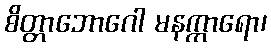
စိတ္တာဘောဂေါ မနက္ကာရော၊